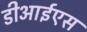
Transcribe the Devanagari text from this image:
डीआईएस